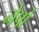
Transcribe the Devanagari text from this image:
नेपो